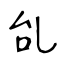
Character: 乨